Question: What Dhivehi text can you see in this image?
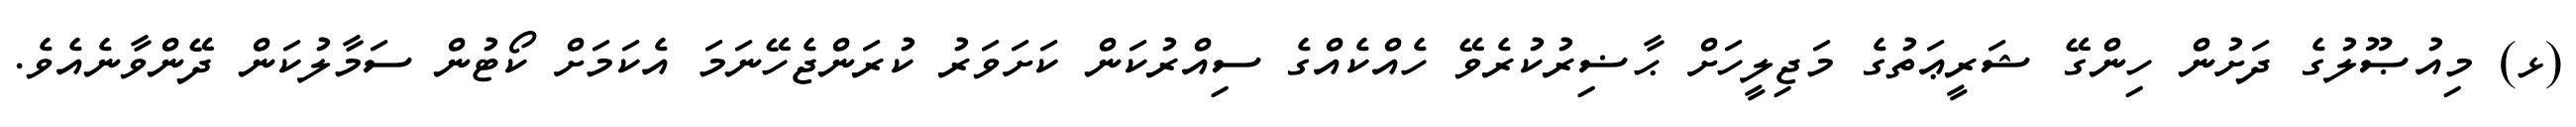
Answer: (ޅ) މިއުޞޫލުގެ ދަށުން ހިންގޭ ޝަރީޢަތުގެ މަޖިލީހަށް ޙާޟިރުކުރެވޭ ހެއްކެއްގެ ސިއްރުކަން ކަށަވަރު ކުރަންޖެހޭނަމަ އެކަމަށް ކޯޓުން ސަމާލުކަން ދޭންވާނެއެވެ.